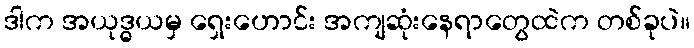
ဒါက အယုဒ္ဓယမှ ရှေးဟောင်း အကျဆုံးနေရာတွေထဲက တစ်ခုပဲ။